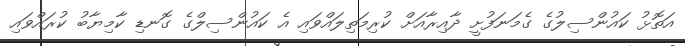
އަތޮޅު ކައުންސިލުގެ ގެމަނަފުށީ ދާއިރާއަށް ކުރިމަތިލައްވައި އެ ކައުންސިލްގެ ގޮނޑި ކާމިޔާބު ކުރައްވައި